Eestimaa_Kommunistliku_Partei_Keskkomitee, lk 100
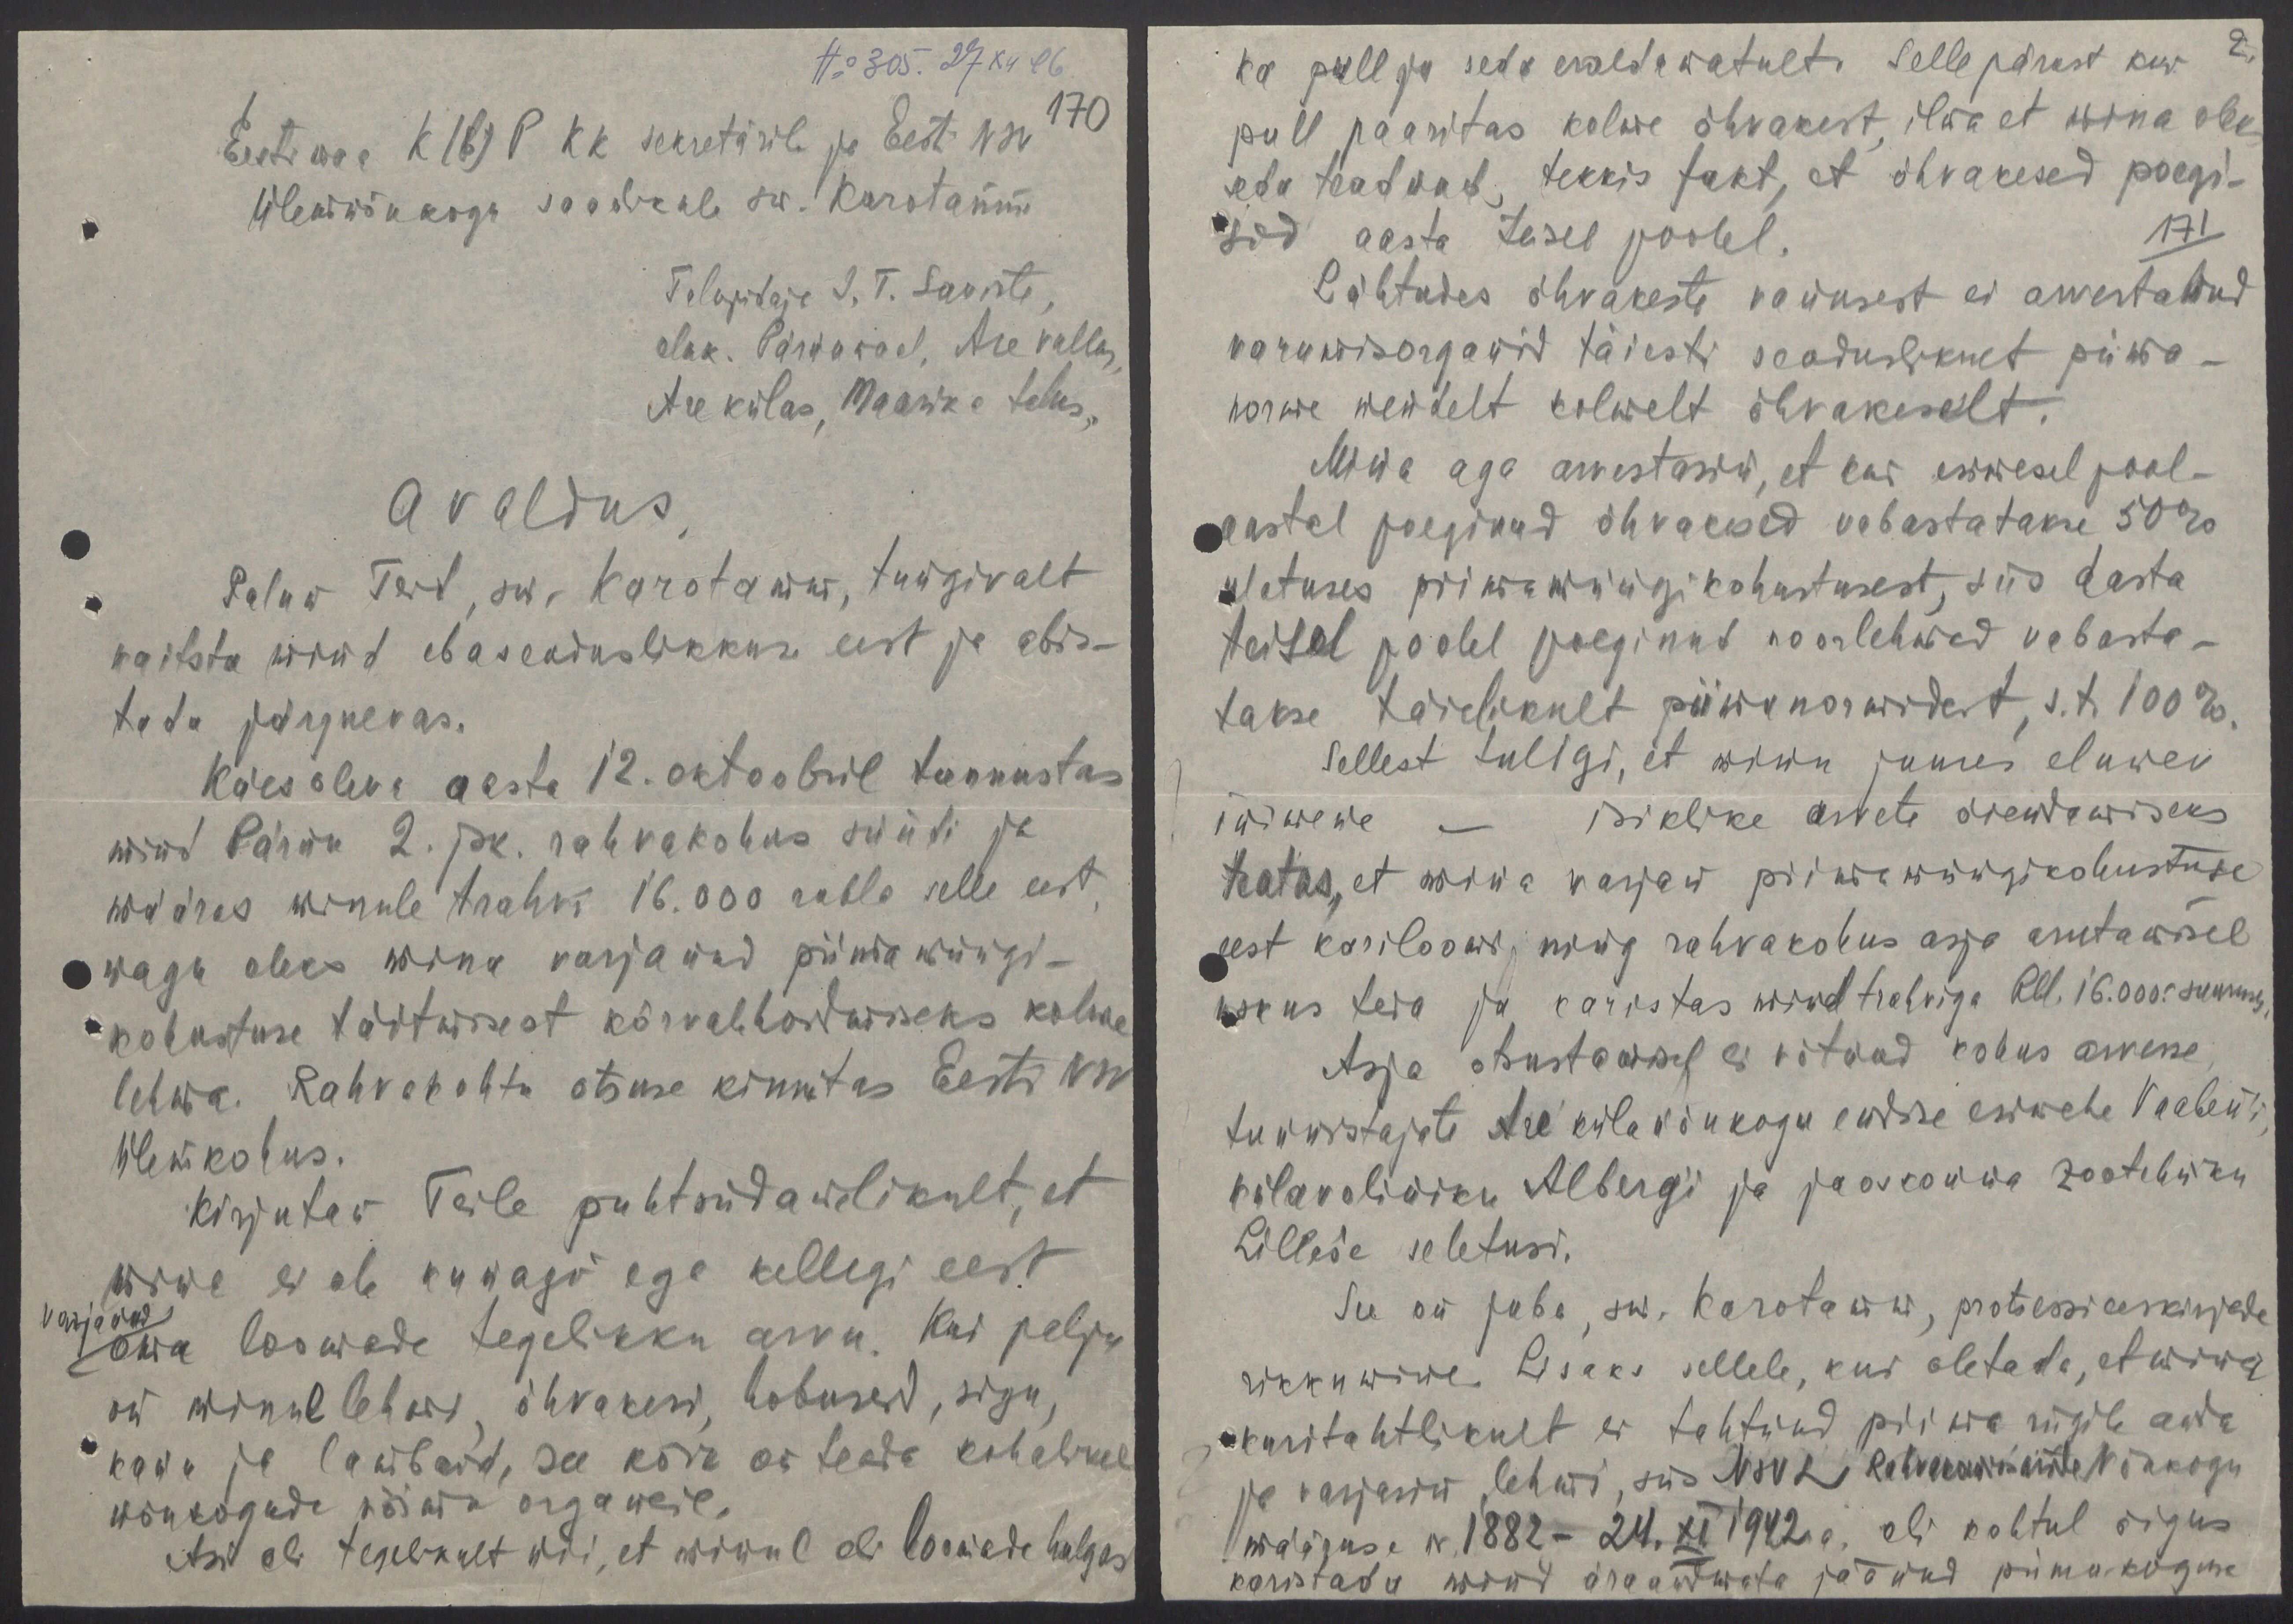
No  305. 27 XII 46.
170
Eestimaa K(b)P KK sekretärile ja Eesti NSV
Ülemnõukogu saadikule sm. Karotamme
Talupidaja J. T. Saviste,
eluk. Pärnumaal, Are vallas
Are külas, Maasika talus.
Avaldus
Palun Teid, sm. Karotamm, tungivalt
kaitsta mind ebaseaduslikkuse eest ja abis-
tada järgnevas.
Käesoleva aasta 12. oktoobril tunnustas
mind Pärnu 2. jsk. rahvakohus süüdi ja
määras minule trahwi 16.000 rubla selle eest
nagu oleks mina varjanud piima müügi-
kohustuse täitmisest kõrvalehoidmiseks kolme
lehma. Rahvakohtu otsuse kinnitas Eesti NSV
Ülemkohus.
Kirjutan Teile puhtsüdamelikult, et
mina ei ole kunagi ega kellegi eest
varjanud
oma loomade tegelikku arvu. Kui palju
on minul lehmi, õhvakesi, hobuseid, sigu,
kanu ja lambaid, see kõik on teada kohalikel
nõukogude võimu organeil.
Asi oli tegelikult nii, et minul oli loomade hulgas

ka pull ja seda eraldamatult. Sellepärast kui
2.
pull paaritas kolme õhvakest, ilma et mina oleks
seda teadnud, tekkis fakt, et õhvakesed poegi-
sid aasta tasel poolel. 171
Lähtudes õhvakeste vanusest ei arvestanud
varumisorganid täiesti seaduslikult piima-
norme nendelt kolmelt õhvakeselt.
Mina aga arvestasin, et kui esimesel pool-
aastal poeginud õhvakesed vabastatakse 50%
ulatuses piimamüügikohustusest, siis aasta
teisel poolel poeginud noorlehmad vabasta-
takse täielikult piimanormidest, s.t. 100%
Sellest tuligi, et minu juures elunev
inimene - isiklike arvete õiendamiseks
teatas, et mina varjan piimamüügikohustuse
eest kariloomi ning rahvakohus asja arutamisel
uskus teda ja karistas mind trahviga Rbl. 16.000.- suuruses
Asja otsustamisel ei võtnud kohus arvesse
tunnistajate Are külanõukogu endise esimehe Vaaben'i
külavoliniku Alberg'i ja jaoskonna zootehniku
Lilles'e seletusi.
See on juba, sm. Karotamm, protsessieeskirjade
rikkumine. Lisaks sellele, kui oletada, et mina
kuritahtlikult ei tahtnud piima riigile anda
ja varjasin lehmi, siis NSVL Rahvakomissarite Nõukogu
määruse N 1882 - 2. XI 1942 a. oli kohtul õigus
karistada mind äraandmata jäänud piimakoguse